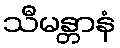
သီမန္တာနံ